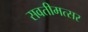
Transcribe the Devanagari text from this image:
सवतीमत्सर